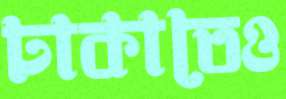
ঢাকাতেও